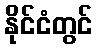
နိုင်ငံတွင်